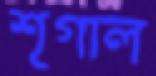
শৃগাল